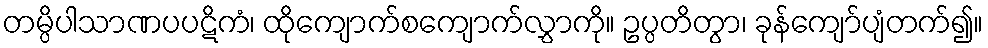
တမ္ပိပါသာဏပပဋိကံ၊ ထိုကျောက်စကျောက်လွှာကို။ ဥပ္ပတိတွာ၊ ခုန်ကျော်ပျံတက်၍။